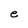
Character: e